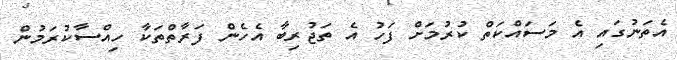
އެތަނުގައި އެ މަސައްކަތް ކުރުމަށް ފަހު އެ ތަޖުރިބާ އެހެން ފަރާތްތަކާ ހިއްސާކުރަމުން